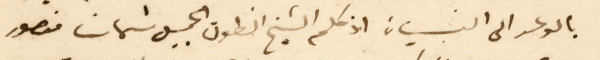
بالوعد الى النسيان اذ كلم الشيخ انطون الجميل شهاب منصور